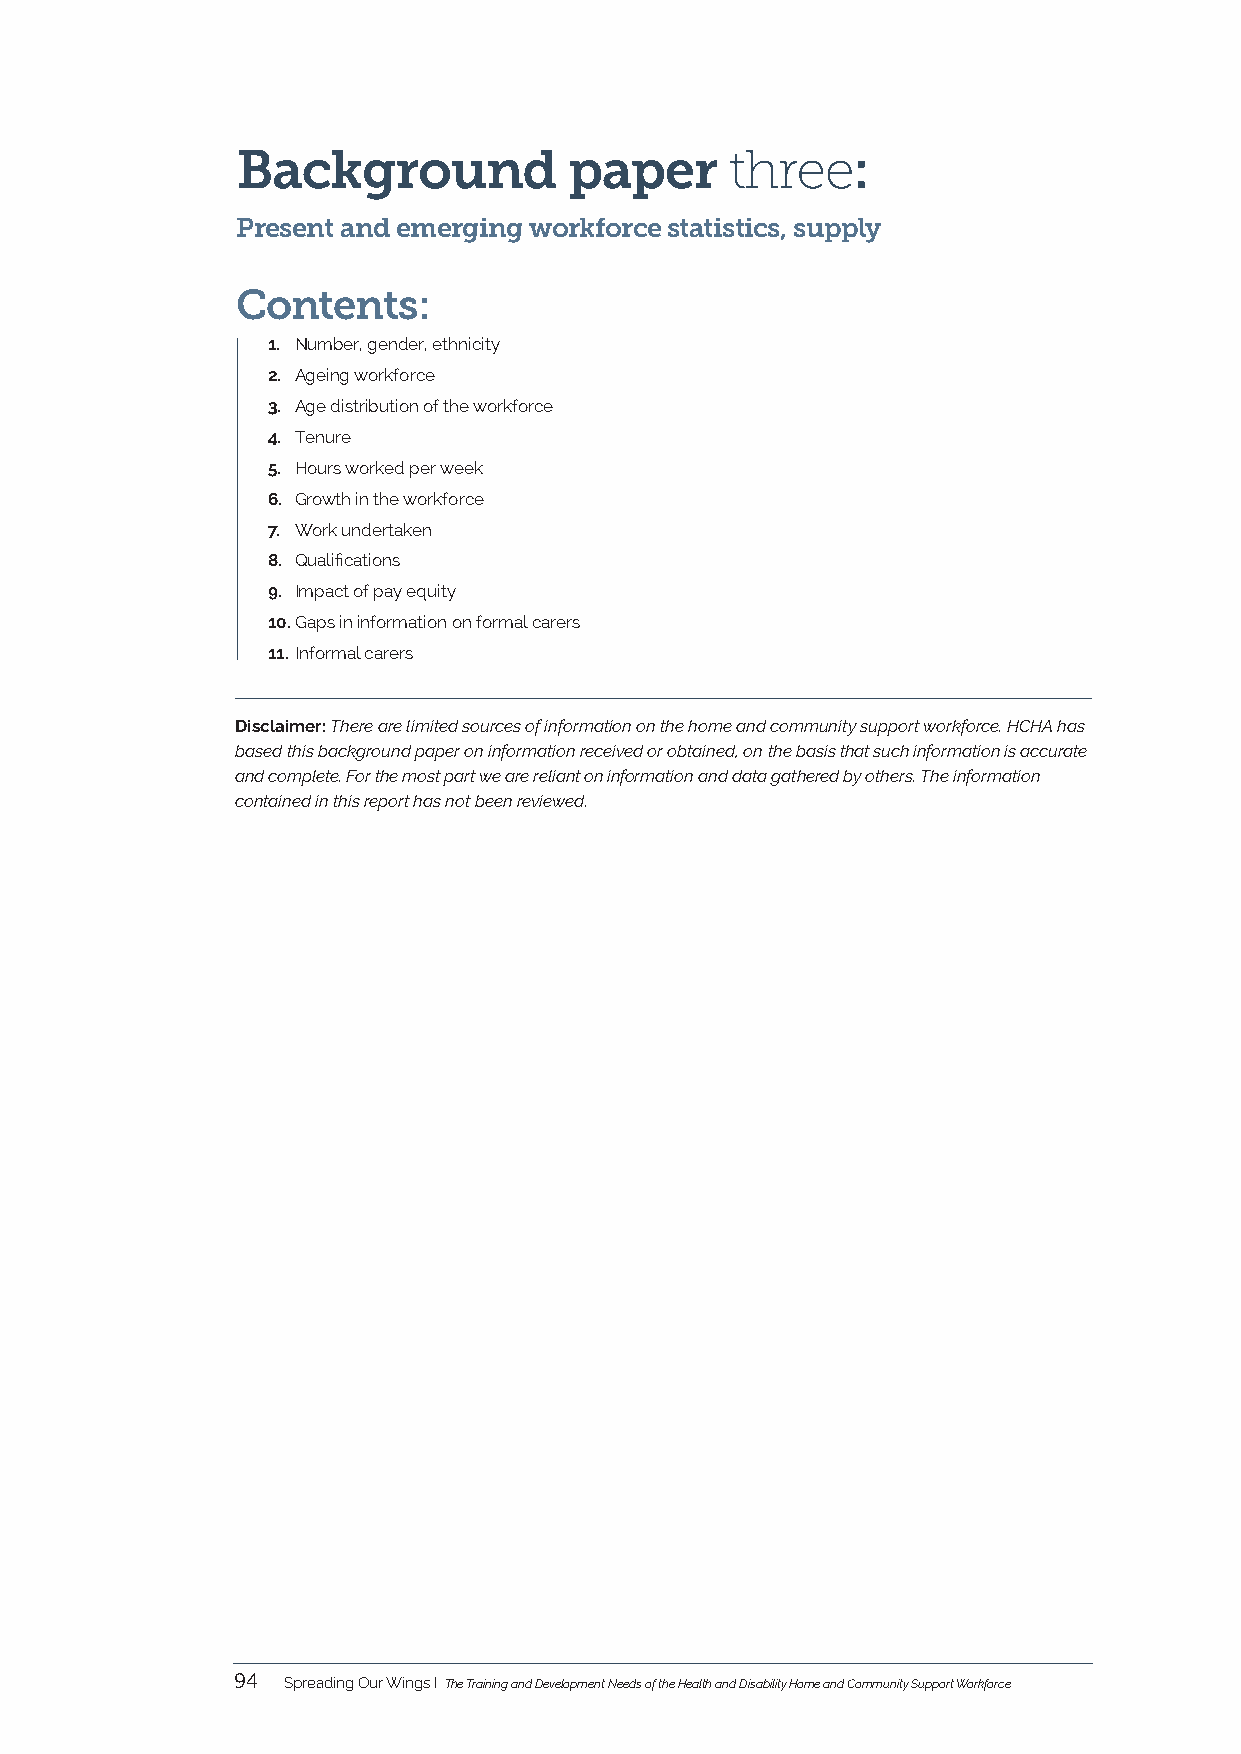
Background            paper     three:
 Present and emerging workforce statistics, supply
 Contents:
 1. Number, gender, ethnicity
 2. Ageing workforce
 3. Age distribution of the workforce
 4. Tenure
 5. Hours worked per week
 6. Growth in the workforce
 7. Work undertaken
 8. Qualifications
 9. Impact of pay equity
 10. Gaps in information on formal carers
 11. Informal carers
 Disclaimer: There are limited sources of information on the home and community support workforce. HCHA has
 based this background paper on information received or obtained, on the basis that such information is accurate
 and complete. For the most part we are reliant on information and data gathered by others. The information
 contained in this report has not been reviewed.
 94  Spreading Our Wings I The Training and Development Needs of the Health and Disability Home and Community Support Workforce